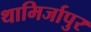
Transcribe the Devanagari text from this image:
थामिर्जापुर